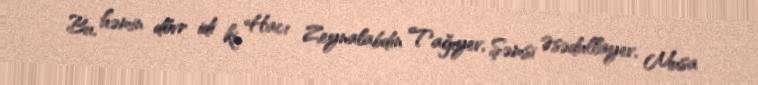
Bu, həmin dövr idi ki, Hacı Zeynalabdin Tağıyev, Şəmsi Əsədullayev, Musa